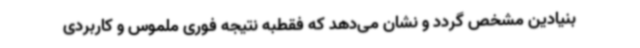
بنیادین مشخص گردد و نشان می‌دهد که فقطبه نتیجه فوری ملموس و کاربردی